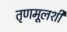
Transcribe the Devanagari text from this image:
तृणमूलशी